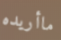
ماأريده